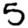
Digit: 5